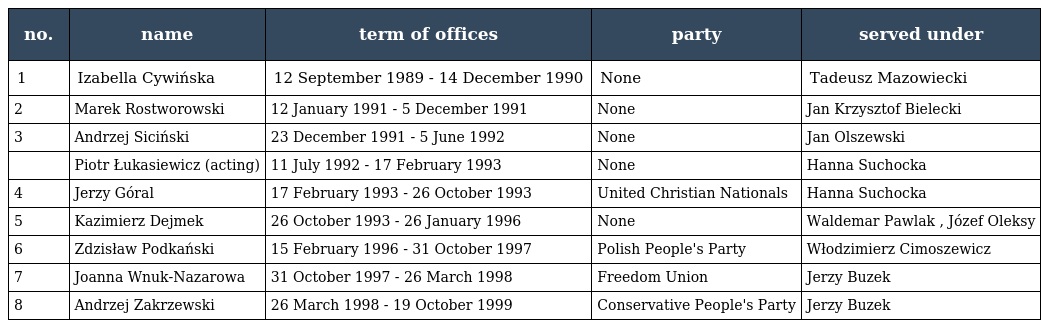
| no. | name | term of offices | party | served under |
 | --- | --- | --- | --- | --- |
 | 1 | Izabella Cywińska | 12 September 1989 - 14 December 1990 | None | Tadeusz Mazowiecki |
 | 2 | Marek Rostworowski | 12 January 1991 - 5 December 1991 | None | Jan Krzysztof Bielecki |
 | 3 | Andrzej Siciński | 23 December 1991 - 5 June 1992 | None | Jan Olszewski |
 |  | Piotr Łukasiewicz (acting) | 11 July 1992 - 17 February 1993 | None | Hanna Suchocka |
 | 4 | Jerzy Góral | 17 February 1993 - 26 October 1993 | United Christian Nationals | Hanna Suchocka |
 | 5 | Kazimierz Dejmek | 26 October 1993 - 26 January 1996 | None | Waldemar Pawlak , Józef Oleksy |
 | 6 | Zdzisław Podkański | 15 February 1996 - 31 October 1997 | Polish People's Party | Włodzimierz Cimoszewicz |
 | 7 | Joanna Wnuk-Nazarowa | 31 October 1997 - 26 March 1998 | Freedom Union | Jerzy Buzek |
 | 8 | Andrzej Zakrzewski | 26 March 1998 - 19 October 1999 | Conservative People's Party | Jerzy Buzek |